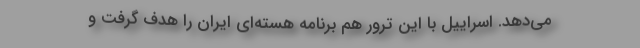
می‌دهد. اسراییل با این ترور هم برنامه هسته‌ای ایران را هدف گرفت و